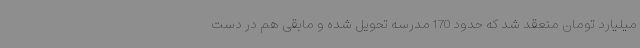
میلیارد تومان منعقد شد که حدود 170 مدرسه تحویل شده و مابقی هم در دست